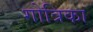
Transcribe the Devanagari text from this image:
गोत्रिका